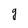
Character: g